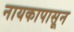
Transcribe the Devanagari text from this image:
नायकापासून